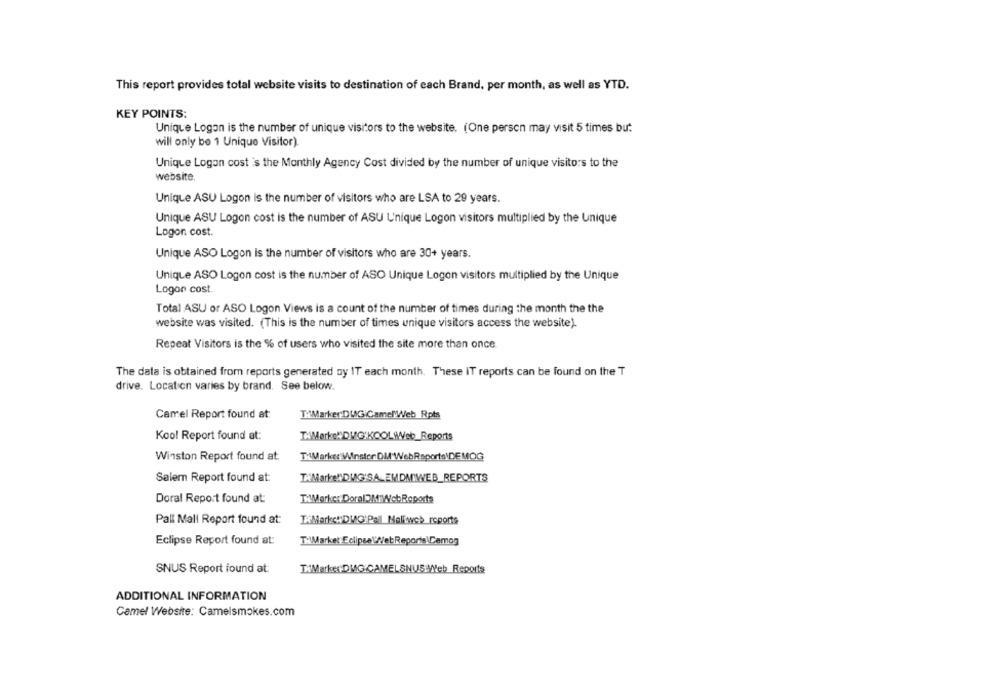
This report provides total website visits to destination of each Brand, per month, as well as YTD.
KEY POINTS:
Unique Logon is the number of unique visitors to the website. (One person may visit 5 times but
will only be 1 Unique Visitor).
Unique Logan cost is the Monthly Agency Cost divided by the number of unique visitors to the
website.
Unique ASU Logon is the number of visitors who are LSA to 29 years.
Unique ASU Logon cost is the number of ASU Unique Logon visitors multiplied by the Unique
Logon cost.
Unique ASO Logon is the number of visitors who are 30+ years.
Unique ASO Logon cost is the number of ASO Unique Logon visitors multiplied by the Unique
Logon cost.
Total ASU or ASO Logon Views is a count of the number of times during the month the the
website was visited. (This is the number of times unique visitors access the website).
Repeat Visitors is the % of users who visited the site more than once
The data is obtained from reports generated oy IT each month. These IT reports can be found on the T
drive. Location varies by brand. See below.
Camel Report found at
THMarker.DWG:Camel'Web Rpis
Kool Report found at:
Winston Report found at.
THWMarker Winston DM WebRsports\DEMOG
Salem Report found at:
TAMarke#DIG'SA_EMDMIWEB_REPORTS
T:Werke: DoralOMWeb Reports
Doral Report found at:
TXMarkcwDMG'Pal Maliweb reports
Pall Mall Report found at:
TWMarket EclipseWebReport:\Cemog
Eclipse Report found at:
SNUS Report found at
TWMarkes DMG:CAMELSNUSWeb Reports
ADDITIONAL INFORMATION
Camel Website: Camelsmokes.com